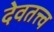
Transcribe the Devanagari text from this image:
देवतत्त्व